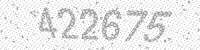
Solution: 422675